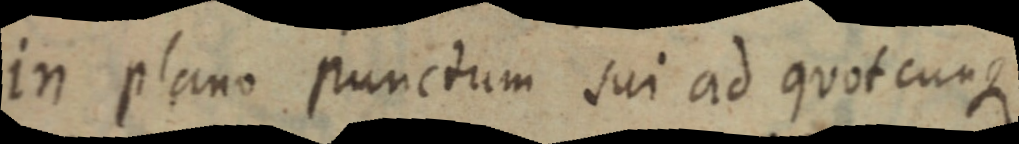
in plano punctum sui ad quotcuntque